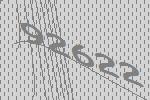
92622